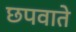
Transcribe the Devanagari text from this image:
छपवाते